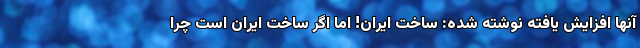
آنها افزایش یافته نوشته شده: ساخت ایران! اما اگر ساخت ایران است چرا